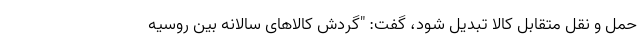
حمل و نقل متقابل کالا تبدیل شود، گفت: "گردش کالاهای سالانه بین روسیه